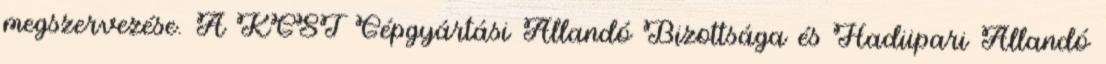
megszervezése. A KGST Gépgyártási Állandó Bizottsága és Hadiipari Állandó